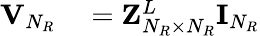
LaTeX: \begin{array}{rl}{{\mathbf{V}}_{N_{R}}}&{{}={\mathbf{Z}}_{N_{R}\times N_{R}}^{L}{\mathbf{I}}_{N_{R}}}\end{array}